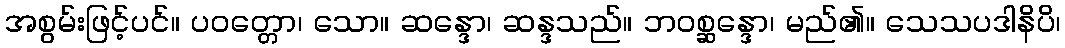
အစွမ်းဖြင့်ပင်။ ပဝတ္တော၊ သော။ ဆန္ဒော၊ ဆန္ဒသည်။ ဘဝစ္ဆန္ဒော၊ မည်၏။ သေသပဒါနိပိ၊